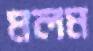
মলম